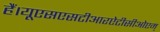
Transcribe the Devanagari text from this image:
हैं।यूएसएसटीआरऐटीसीओएम्